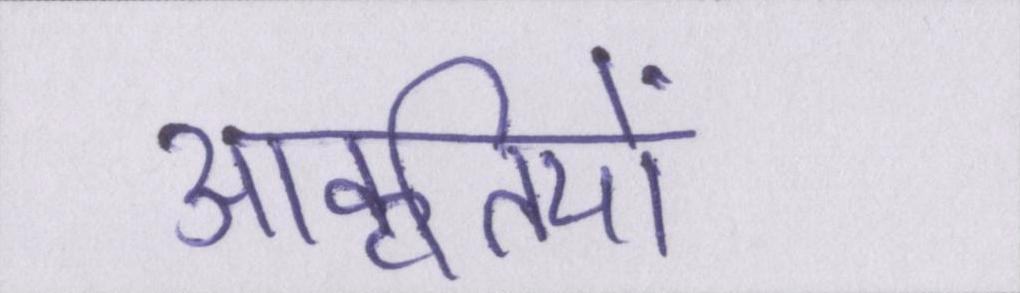
आकृतियों